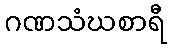
ဂဏသံဃစာရီ